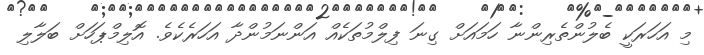
މި އަހަރަކީ ބެލުންތެރިންނާ ހަމައަށް ގިނަ ފިލްމުތަކެއް އަންނަމުންދާ އަހަރެކެވެ. އޮލިމްޕަހަށް ބަލާލި